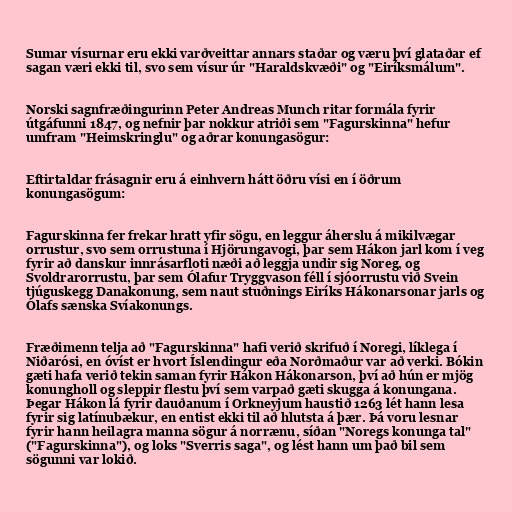
Sumar vísurnar eru ekki varðveittar annars staðar og væru því glataðar ef
sagan væri ekki til, svo sem vísur úr "Haraldskvæði" og "Eiríksmálum".

Norski sagnfræðingurinn Peter Andreas Munch ritar formála fyrir
útgáfunni 1847, og nefnir þar nokkur atriði sem "Fagurskinna" hefur
umfram "Heimskringlu" og aðrar konungasögur:

Eftirtaldar frásagnir eru á einhvern hátt öðru vísi en í öðrum
konungasögum:

Fagurskinna fer frekar hratt yfir sögu, en leggur áherslu á mikilvægar
orrustur, svo sem orrustuna í Hjörungavogi, þar sem Hákon jarl kom í veg
fyrir að danskur innrásarfloti næði að leggja undir sig Noreg, og
Svoldrarorrustu, þar sem Ólafur Tryggvason féll í sjóorrustu við Svein
tjúguskegg Danakonung, sem naut stuðnings Eiríks Hákonarsonar jarls og
Ólafs sænska Svíakonungs.

Fræðimenn telja að "Fagurskinna" hafi verið skrifuð í Noregi, líklega í
Niðarósi, en óvíst er hvort Íslendingur eða Norðmaður var að verki. Bókin
gæti hafa verið tekin saman fyrir Hákon Hákonarson, því að hún er mjög
konungholl og sleppir flestu því sem varpað gæti skugga á konungana.
Þegar Hákon lá fyrir dauðanum í Orkneyjum haustið 1263 lét hann lesa
fyrir sig latínubækur, en entist ekki til að hlutsta á þær. Þá voru lesnar
fyrir hann heilagra manna sögur á norrænu, síðan "Noregs konunga tal"
("Fagurskinna"), og loks "Sverris saga", og lést hann um það bil sem
sögunni var lokið.